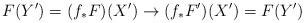
LaTeX: \begin{align*}F(Y') = (f_* F)(X') \to (f_* F')(X') = F(Y')\end{align*}